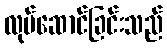
လုပ်ဆောင်ခြင်းသည်